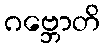
ဂဗ္ဘောတိ